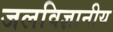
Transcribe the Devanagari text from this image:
जलविज्ञानीय